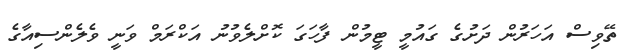
ތޭވިސް އަހަރުން ދަށުގެ ގައުމީ ޓީމުން ފާހަގަ ކޮށްލެވުނު އަކްރަމް ވަނީ ވެލެންސިއާގެ